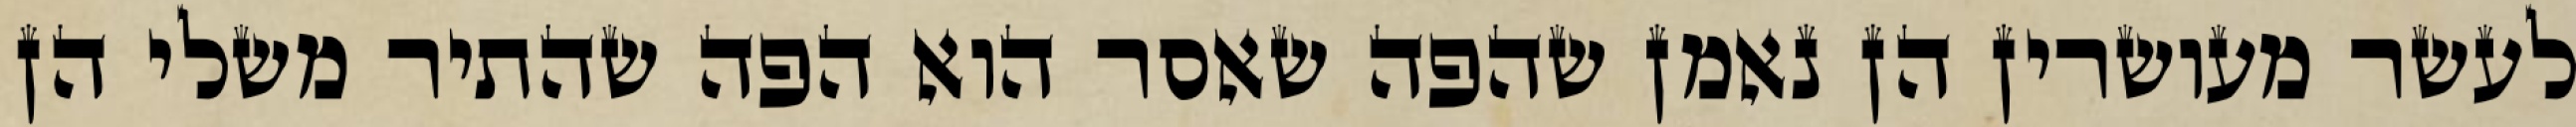
לעשר מעושרין הן נאמן שהפה שאסר הוא הפה שהתיר משלי הן